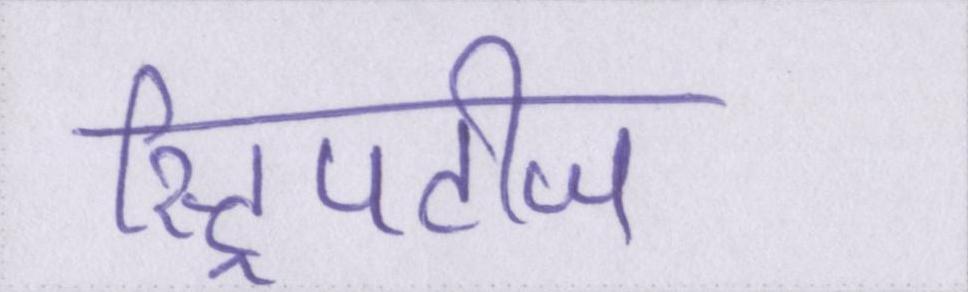
स्ट्रिपटीज